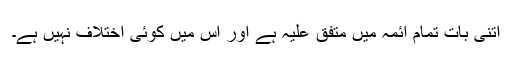
اتنی بات تمام ائمہ میں متفق علیہ ہے اور اس میں کوئی اختلاف نہیں ہے۔